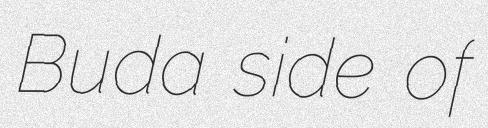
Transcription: Buda side of